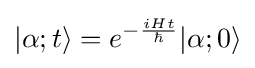
|\alpha ;t\rangle =e^{-{\frac {iHt}{\hbar }}}|\alpha ;0\rangle